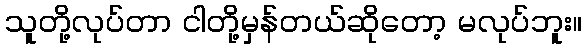
သူတို့လုပ်တာ ငါတို့မှန်တယ်ဆိုတော့ မလုပ်ဘူး။